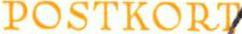
POSTKORT